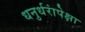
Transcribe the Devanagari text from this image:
धनुर्धरांपेक्षा